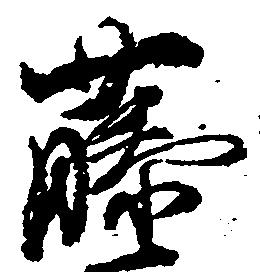
藤